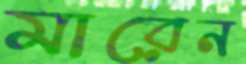
মারেন